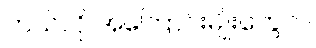
ဘယ်လို အကြောင်းမျိုးတွေလဲ